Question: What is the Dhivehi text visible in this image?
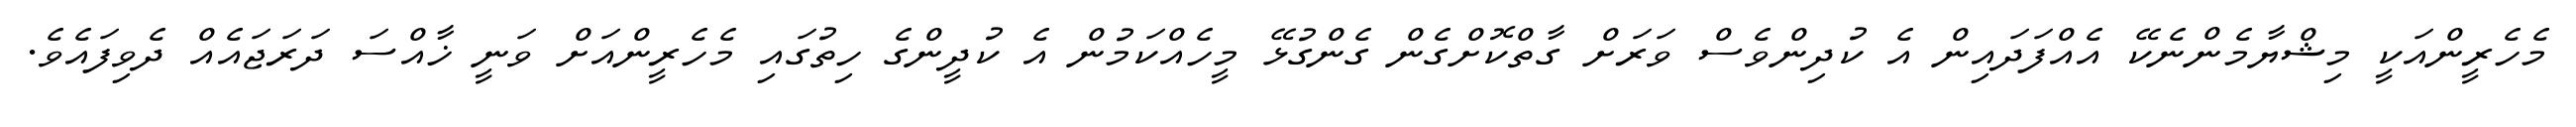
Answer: މެހެރީންއަކީ މިޝްޔާމެންނެކޭ އެއްފަދައިން އެ ކުދިންވެސް ވަރަށް ގާތްކޮށްގެން ގެންގުޅޭ މީހެއްކަމުން އެ ކުދީންގެ ހިތުގައި މެހެރީންއަށް ވަނީ ޚާއްސަ ދަރަޖައެއް ދެވިފައެވެ.